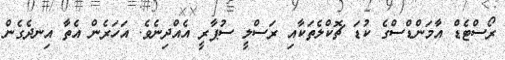
ރޯސްޓެޑް އާމަންޑްސްގެ ކުޑަ ޗޮކްލެތަކާއި ރަސްލީ ސުޕާރީ އެއްދިނެވެ. އަހަރެން އެތާ އިނދެގެން